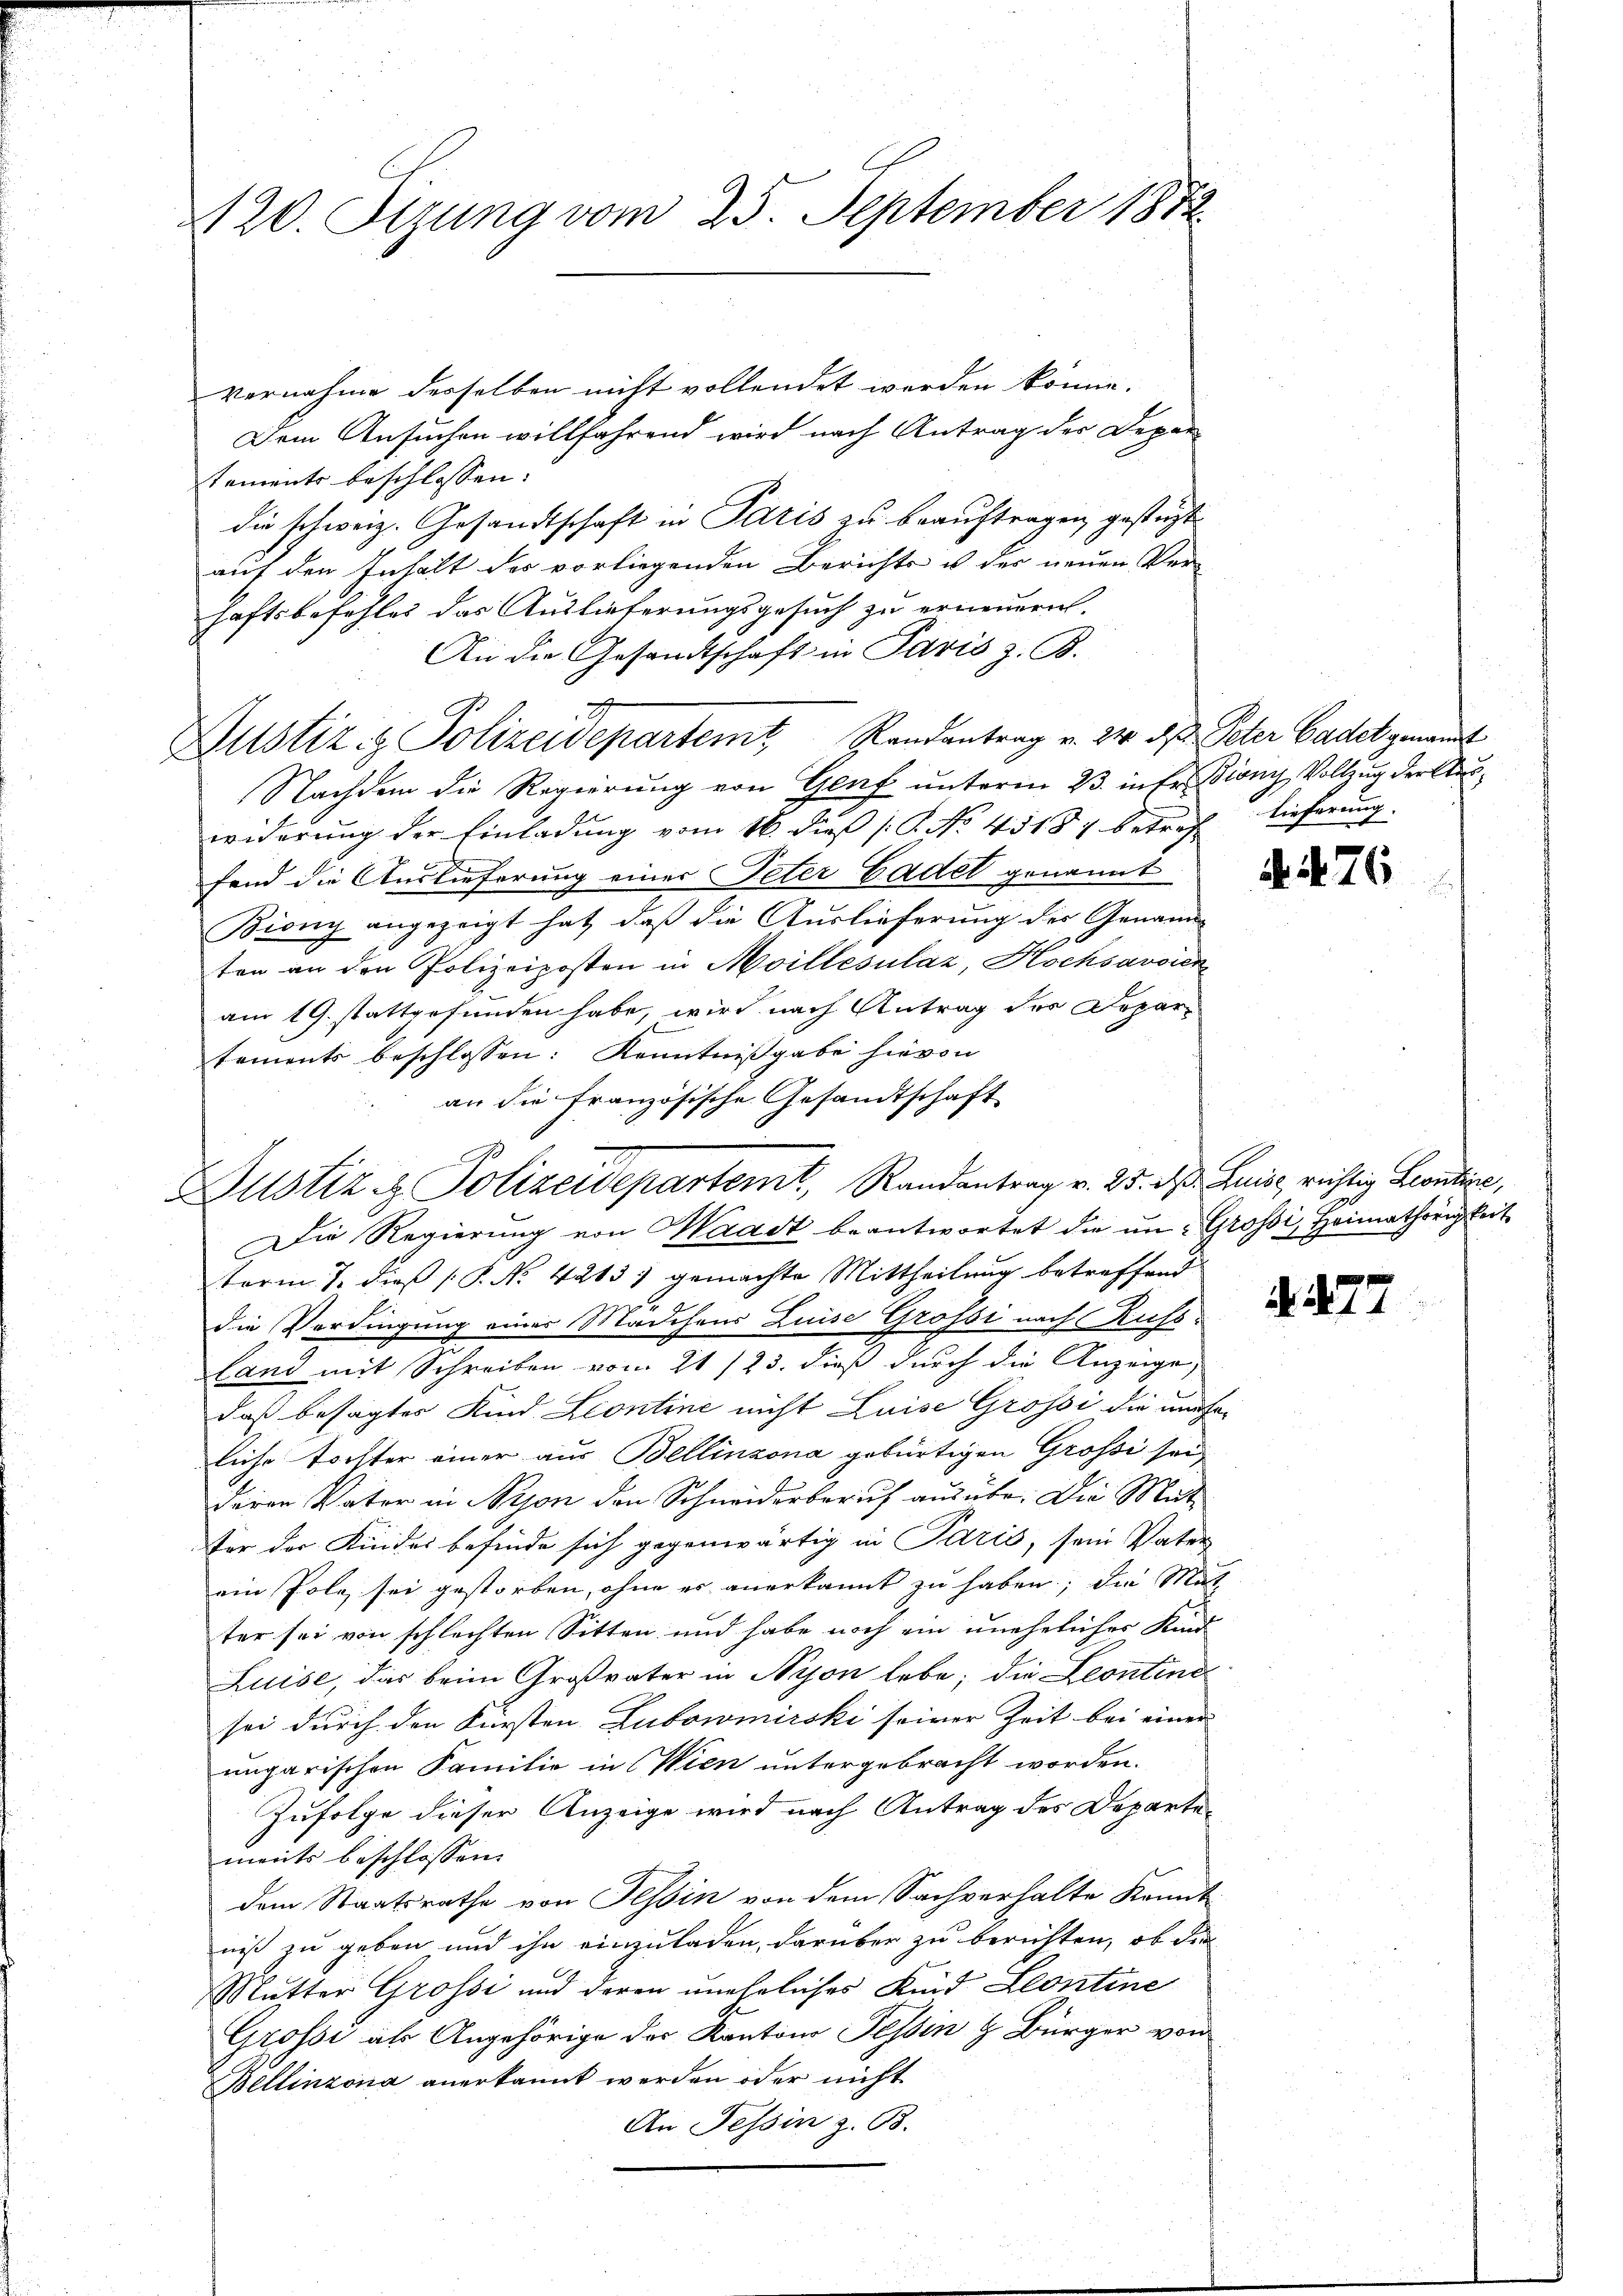
420. Sizung vom 25. September 1882

vernahme derselben nicht vollendet werden könne.
Dem Ansuchen willfahrend wird nach Antrag der Depar
tements beschlossen:
die schweiz. Gesandtschaft in Paris zu beauftragen, gestüzt
auf den Inhalt des vorliegenden Berichts u. des neuen Ver-
haftsbefehles das Auslieferungsgesuch zu erneuern,
An die Gesandtschaft in Paris z. R.
2
Dustiz & Polizeidepartemt, Randantrag v. 24. d. Peter Cadet genannt
Nachdem die Regierung von Genf unterm 23. in fr. Biani, Vollzug der Auswiderung der Einladung vom 16. dieß P. No. 45187 betreff
fend die Auslieferung einer Peter Cadet genannt
Biony angezeigt hat, daß die Auslieferung des Genann
ten an den Polizeiposten in Moillesülaz, Hochsavoien
am 19. stattgefunden habe, wird nach Antrag der Departaments beschlossen: Kenntnißgabe hievon
an die französische Gesandtschaft
Die Regierung von Waadt beantwortet die um Grossi, Heimathörigkeit
term 7. dieß P. No 42131 gemachte Mittheilung betreffend
die Verdingung einer Mädchens Luise Grossi nach Russland mit Schreiben vom 21/23. dieß durch die Anzeige,
daß besagter Kind Leontine nicht Luise Grossi die und haliche Tochter einer aus Bellinzona gebürtigen Grossi sei,
deren Vater in Nyon den Schneiderberuf ausübe. Die Mit¬
Ver der Kinder befinde sich gegenwärtig in Paris, sein Vater
ein Pole sei gestorben, ohne es anerkannt zu haben, die Mat
ter sei von schlechten Sitten und habe noch ein uneheliches Kind
Luise, das beim Großvater in Nyon lebe; die Leontine
sei durch den Fürsten Zubowmirski seiner Zeit bei einer
ungarischen Familie in Wien untergebracht worden.
Zufolge dieser Anzeige wird nach Antrag des Departements beschlossen.
dem Staatsrathe von Tessin von dem Sachverhalte kannt
niß zu geben und ihn einzuladen, darüber zu berichten, ob die
Mutter Grossi und deren uneheliches Kind Leontine
Grossi als Angehörige der Kantone Tessin & Bürger von
Bellinzona anerkannt werden oder nicht
An Tessin z. B.

Justiz & Polizeidepartemt, Randantrag v. 25. des Luise richtig Leontine,

Lieferung.

.476

4. 477